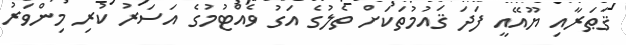
ޤަޠަރާއި ޔޫއޭއީ ފަދަ ޤައުމުތަކަށް ތެލުގެ އަގު ވެއްޓުމުގެ އަސަރު ކުރި މިންވަރު